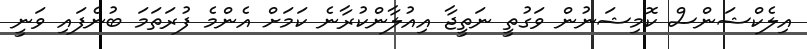
އިލެކްޝަންސް ކޮމިޝަނުން ވަގުތީ ނަތީޖާ އިއުލާންކުރާނެ ކަމަށް އެންމެ ފުރަތަމަ ބުނެފައި ވަނީ